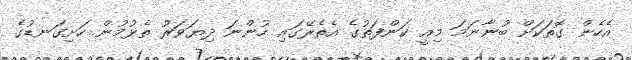
އެހެން ގޮތަކަށް ބުނާނަމަ މިއީ ކަންފަތުގެ އެތެރޭގައި ހުންނަ ދިޔަވަރު ތެޅުމުން ހަށިގަނޑުގެ